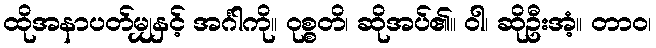
ထိုအနာပတ်မျှနှင့် အင်္ဂါကို။ ဝုစ္စတိ၊ ဆိုအပ်၏။ ဝါ၊ ဆိုဦးအံ့။ တာဝ၊